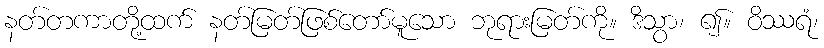
နတ်တကာတို့ထက် နတ်မြတ်ဖြစ်တော်မူသော ဘုရားမြတ်ကို။ ဒိသွာ၊ ၍။ ဝိဿရံ၊